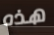
هذه